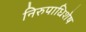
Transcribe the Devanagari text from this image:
निरुपाधिशेष